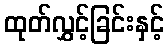
ထုတ်လွှင့်ခြင်းနှင့်